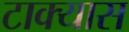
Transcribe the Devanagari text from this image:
टाक्यास